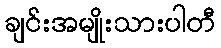
ချင်းအမျိုးသားပါတီ